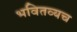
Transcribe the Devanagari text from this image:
भवितव्यच